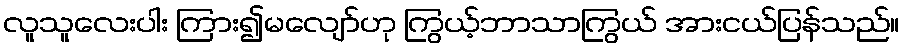
လူသူလေးပါး ကြား၍မလျော်ဟု ကြွယ့်ဘာသာကြွယ် အားငယ်ပြန်သည်။